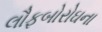
લૌફબોરોઘના